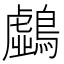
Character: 𪆛